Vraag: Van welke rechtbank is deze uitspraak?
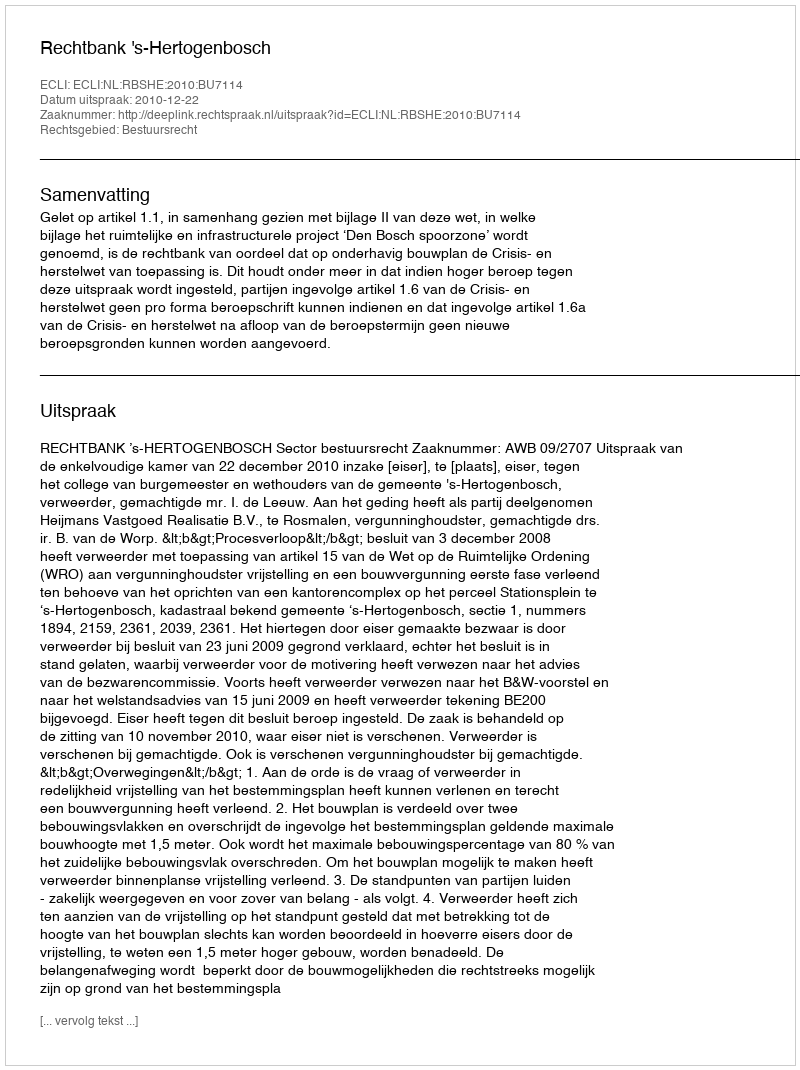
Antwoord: Rechtbank 's-Hertogenbosch